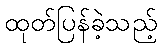
ထုတ်ပြန်ခဲ့သည့်